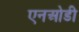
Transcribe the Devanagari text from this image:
एनओडी